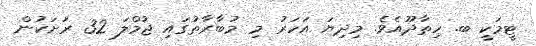
ޓީމަކީ ބ. ހިތާދޫއެވެ. މިދިޔަ އަހަރު މި މުބާރާތުގައި ޖުމްލަ 32 ރަށަކުން